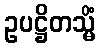
ဥပဋ္ဌိတသ္မိံ